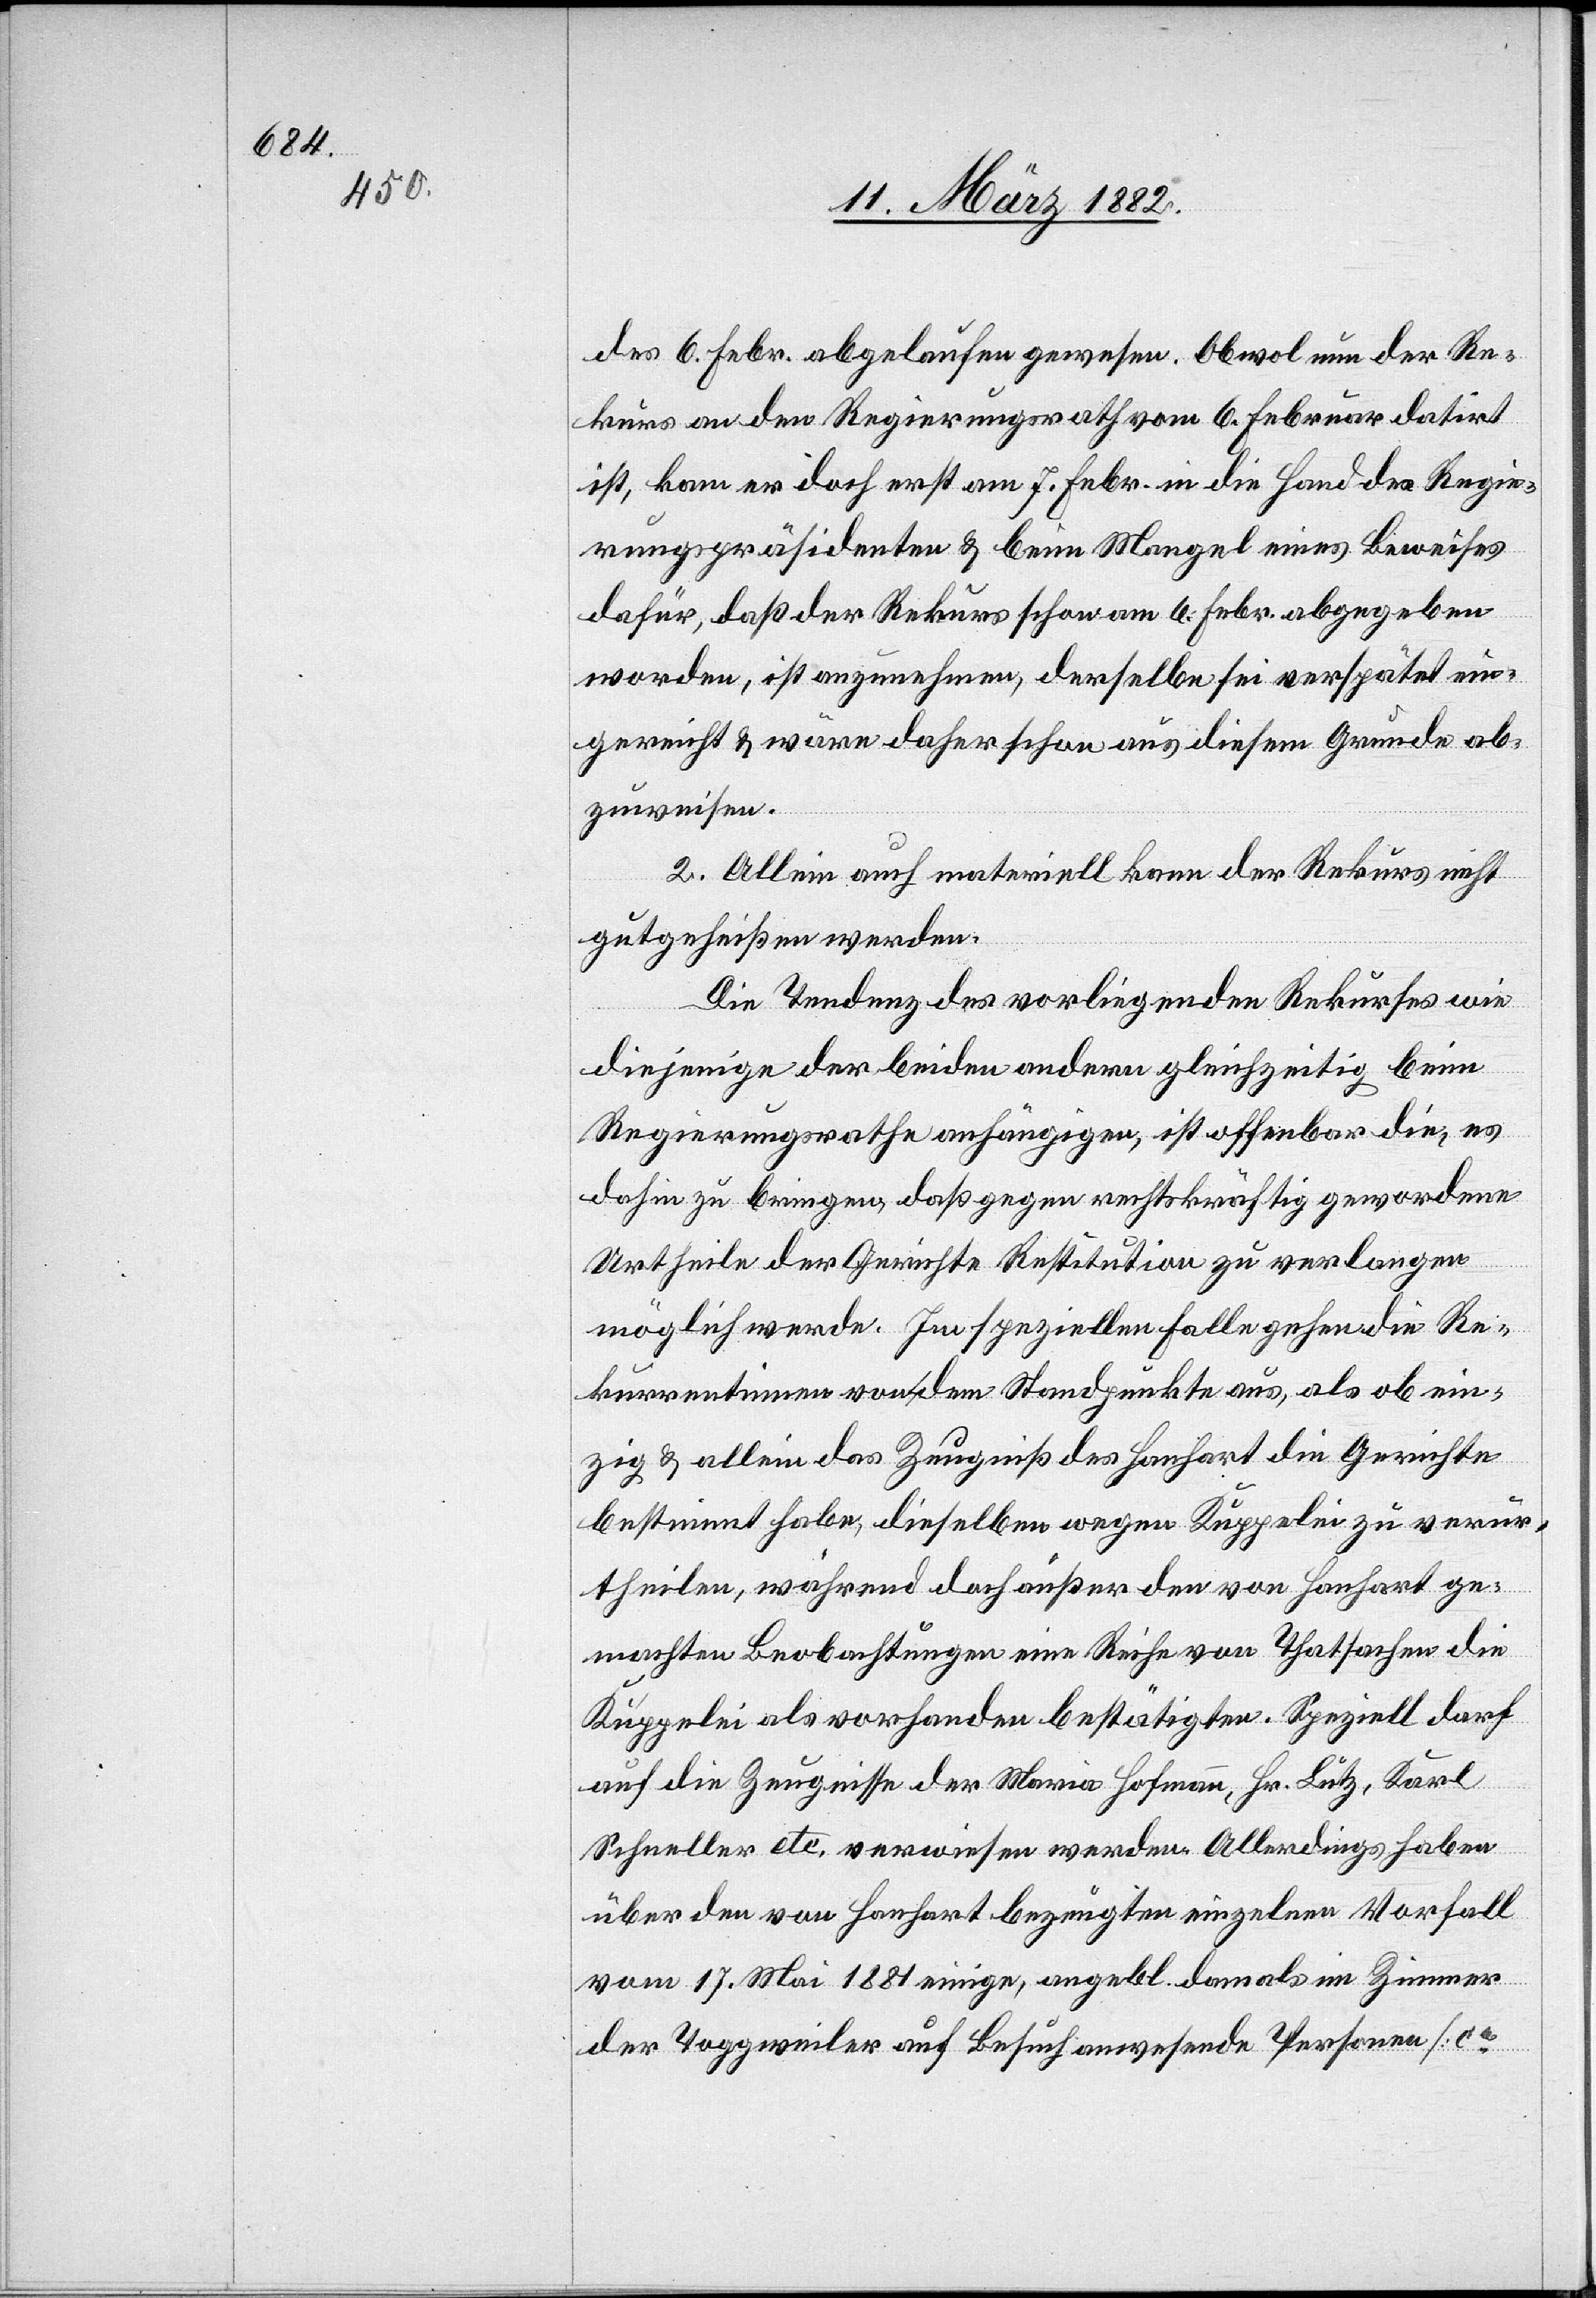
des 6. Febr. abgelaufen gewesen. Obwol nun der Re¬
kurs an den Regierungsrath vom 6. Februar datirt
ist, kam er doch erst am 7. Febr. in die Hand des Regie¬
rungspräsidenten & beim Mangel eines Beweises
dafür, daß der Rekurs schon am 6. Febr. abgegeben
worden, ist anzunehmen, derselbe sei verspätet ein¬
gereicht & wäre daher schon aus diesem Grunde ab¬
zuweisen.
2. Allein auch materiell kann der Rekurs nicht
gutgeheißen werden.
Die Tendenz des vorliegenden Rekurses wie
diejenige der beiden andern gleichzeitig beim
Regierungsrathe anhängigen, ist offenbar die, es
dahin zu bringen, daß gegen rechtskräftig gewordene
Urtheile der Gerichte Restitution zu verlangen
möglich werde. Im speziellen Falle gehen die Re¬
kurrentinnen von dem Standpunkte aus, als ob ein¬
zig & allein das Zeugniß des Hanhart die Gerichte
bestimmt haben, dieselben wegen Kuppelei zu verur¬
theilen, während doch außer den von Hanhart ge¬
machten Beobachtungen eine Reihe von Thatsachen die
Kuppelei als vorhanden bestätigen. Speziell darf
auf die Zeugnisse der Maria Hofmann, Hr. Lutz, Karl
Schneller etc. verwiesen werden. Allerdings haben
über den von Hanhart bezeugten einzelnen Vorfall
vom 17. Mai 1881 einige, angebl. damals im Zimmer
der Toggweiler auf Besuch anwesende Personen [ca